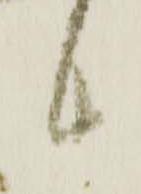
候